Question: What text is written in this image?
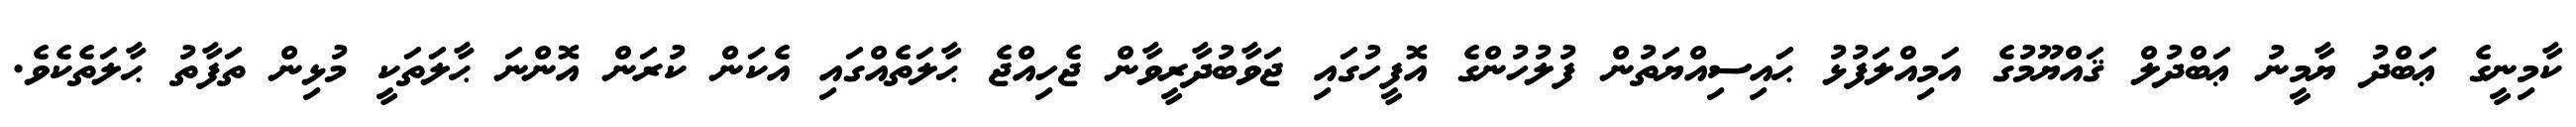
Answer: ކާމިނީގެ ޢަބްދު ޔާމީނު ޢަބްދުލް ޤައްޔޫމުގެ އަމިއްލަފުޅު ޙައިސިއްޔަތުން ފުލުހުންގެ އޮފީހުގައި ޖަވާބުދާރީވާން ޖެހިއްޖެ ޙާލަތެއްގައި އެކަން ކުރަން އޮންނަ ޙާލަތަކީ މުޅިން ތަފާތު ޙާލަތެކެވެ.